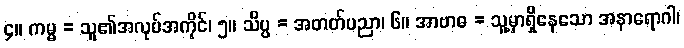
၄။ ကမ္မ = သူ၏အလုပ်အကိုင်၊ ၅။ သိပ္ပ = အတတ်ပညာ၊ ၆။ အာဗာဓ = သူ့မှာရှိနေသော အနာရောဂါ၊